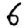
Digit: 6